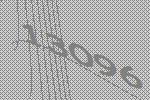
13096